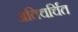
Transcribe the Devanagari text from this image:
अतिचर्चित